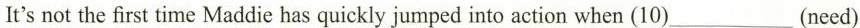
It's not the first time Maddie has quickly jumped into action when (10)___(need).